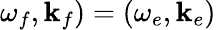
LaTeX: \omega_{f},\mathbf{k}_{f})=(\omega_{e},\mathbf{k}_{e})